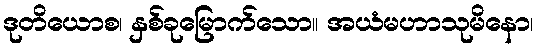
ဒုတိယောစ၊ နှစ်ခုမြောက်သော။ အယံမဟာသုမိနော၊